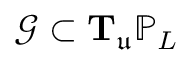
\mathcal { G } \subset \mathbf { T } _ { \mathfrak { u } } \mathbb { P } _ { L }